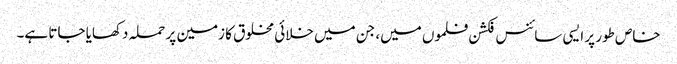
خاص طور پر ایسی سائنس فکشن فلموں میں، جن میں خلائی مخلوق کا زمین پر حملہ دکھایا جاتا ہے۔